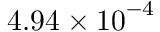
4 . 9 4 \times { { 1 0 } ^ { - 4 } }